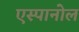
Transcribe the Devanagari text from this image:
एस्‍पानोल